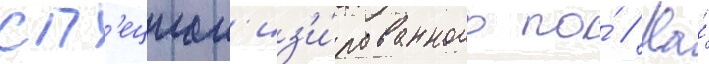
сп'ециал'из'и́рованного по́ // На́